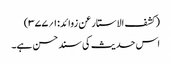
(کشف الاستار عن زوائد:۱؍۳۷۷)
اس حدیث کی سند حسن ہے۔